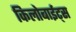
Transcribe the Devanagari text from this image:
किलोबाईट्स